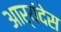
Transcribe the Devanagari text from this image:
आर्यंदेस